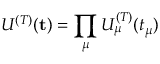
U ^ { ( T ) } ( \mathbf { t } ) = \prod _ { \mu } U _ { \mu } ^ { ( T ) } ( t _ { \mu } )